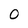
Character: 0